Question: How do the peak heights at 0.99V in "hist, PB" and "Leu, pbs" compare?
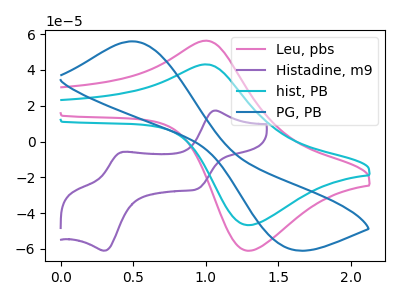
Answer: <think>The pink curve "Leu, pbs" has an anodic peak at (1.00V, 56.30uA) and a cathodic peak at (1.30V, -61.05uA). The purple curve "Histadine, m9" has anodic peaks at (1.05V, 17.30uA) (0.45V, -5.80uA) and cathodic peaks at (0.95V, -26.40uA) (0.30V, -61.00uA). The cyan curve "hist, PB" has an anodic peak at (1.00V, 43.10uA) and a cathodic peak at (1.30V, -46.70uA). The blue curve "PG, PB" has an anodic peak at (0.50V, 55.95uA) and a cathodic peak at (1.55V, -59.55uA).</think>
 <answer>The peak at 0.99V is lower in "hist, PB" than in "Leu, pbs".</answer>
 <eval>lower</eval>